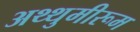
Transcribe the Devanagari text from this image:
अथ्थुमीरूम